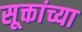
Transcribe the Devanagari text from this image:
सूक्तांच्या